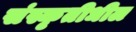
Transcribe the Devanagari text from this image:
संस्कृतीधील